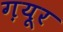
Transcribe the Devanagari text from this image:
ग़यूर